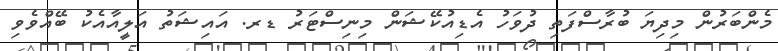
މެންބަރުން މިދިޔަ ބުރާސްފަތި ދުވަހު އެޑިއުކޭޝަން މިނިސްޓަރު ޑރ. އައިޝަތު އަލީއާއެކު ބޭއްވެވި